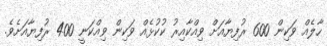
ހާލެއް ވަކިން 600 ރުފިޔާއަށް ވިއްކާއިރު ކުކުޅެއް ވަކިން ވިއްކަނީ 400 ރުފިޔާއަށެވެ.